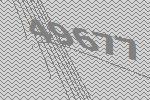
49677